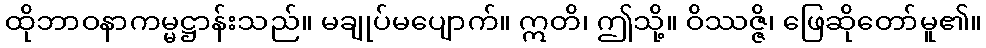
ထိုဘာဝနာကမ္မဋ္ဌာန်းသည်။ မချုပ်မပျောက်။ ဣတိ၊ ဤသို့။ ဝိဿဇ္ဇိ၊ ဖြေဆိုတော်မူ၏။